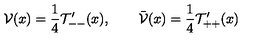
\mathcal V ( x ) = \frac { 1 } { 4 } \mathcal T _ { -- } ^ { \prime } ( x ) , \qquad \bar { \mathcal V } ( x ) = \frac { 1 } { 4 } \mathcal T _ { + + } ^ { \prime } ( x )